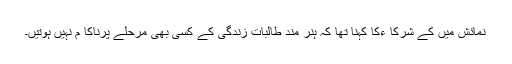
نمائش میں کے شرکا ءکا کہنا تھا کہ ہنر مند طالبات زندگی کے کسی بھی مرحلے پرناکا م نہیں ہوتیں۔